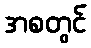
အစတွင်